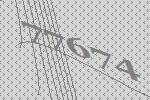
77674